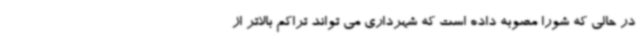
در حالی که شورا مصوبه داده است که شهرداری می تواند تراکم بالاتر از